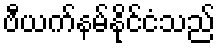
ဗီယက်နမ်နိုင်ငံသည်